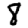
Digit: 8